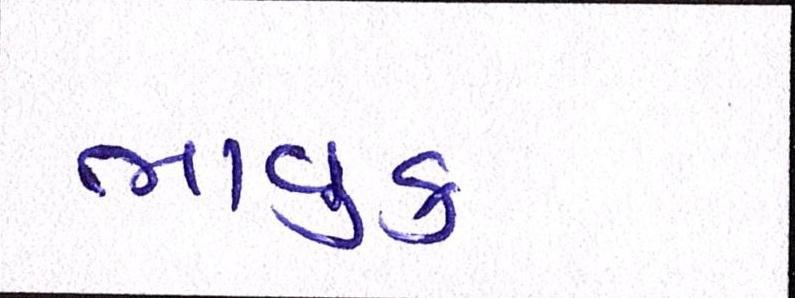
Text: ભાવુક